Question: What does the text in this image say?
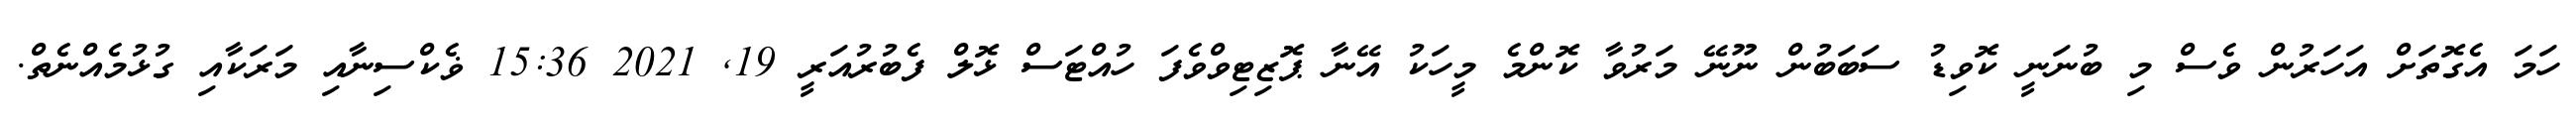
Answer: ހަމަ އެގޮތަށް އަހަރުން ވެސް މި ބުނަނީ ކޮވިޑު ސަބަބުން ނޫނޭ މަރުވާ ކޮންމެ މީހަކު އޭނާ ޕޮޒިޓިވްވެފަ ހުއްޓަސް ޅޮލް ފެބުރުއަރީ 19, 2021 15:36 ޥެކްސިނާއި މަރަކާއި ގުޅުމެއްނެތް.